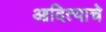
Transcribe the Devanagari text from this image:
आदित्याचे